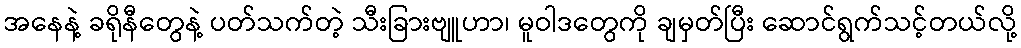
အနေနဲ့ ခရိုနီတွေနဲ့ ပတ်သက်တဲ့ သီးခြားဗျူဟာ၊ မူဝါဒတွေကို ချမှတ်ပြီး ဆောင်ရွက်သင့်တယ်လို့